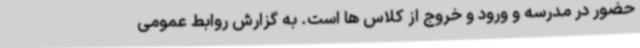
حضور در مدرسه و ورود و خروج از کلاس ها است. به گزارش روابط عمومی